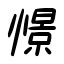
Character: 憬